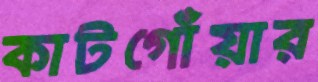
কাটগোঁয়ার